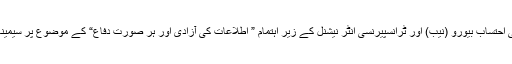
2015ء) قومی احتساب بیورو (نیب) اور ٹرانسپیرنسی انٹر نیشنل کے زیر اہتمام ” اطلاعات کی آزادی اور ہر صورت دفاع“ کے موضوع پر سیمینار پیر کو ہوگا۔